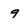
Character: 9